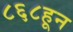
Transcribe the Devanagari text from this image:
८६८हून